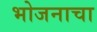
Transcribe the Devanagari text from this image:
भोजनाचा